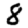
Digit: 8